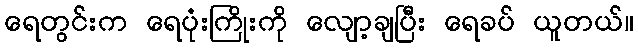
ရေတွင်းက ရေပုံးကြိုးကို လျော့ချပြီး ရေခပ် ယူတယ်။